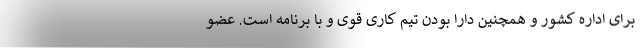
برای اداره کشور و همچنین دارا بودن تیم کاری قوی و با برنامه است. عضو